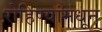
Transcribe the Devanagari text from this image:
रोहिण्यांमधून